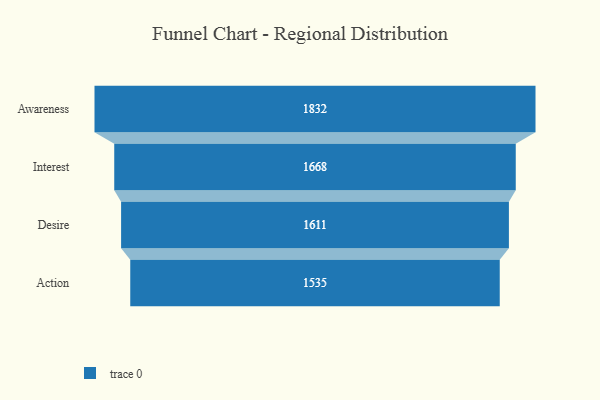
{"axis": {"x": "Stage", "y": "Value"}, "legend": [""], "data": [{"x": "Awareness", "y": 1832.0, "type": ""}, {"x": "Interest", "y": 1668.0, "type": ""}, {"x": "Desire", "y": 1611.0, "type": ""}, {"x": "Action", "y": 1535.0, "type": ""}]}